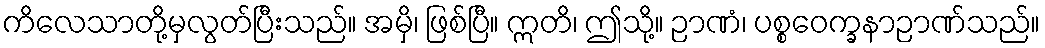
ကိလေသာတို့မှလွတ်ပြီးသည်။ အမှိ၊ ဖြစ်ပြီ။ ဣတိ၊ ဤသို့။ ဉာဏံ၊ ပစ္စဝေက္ခနာဉာဏ်သည်။